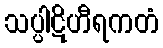
သပ္ပါဋိဟီရကတံ